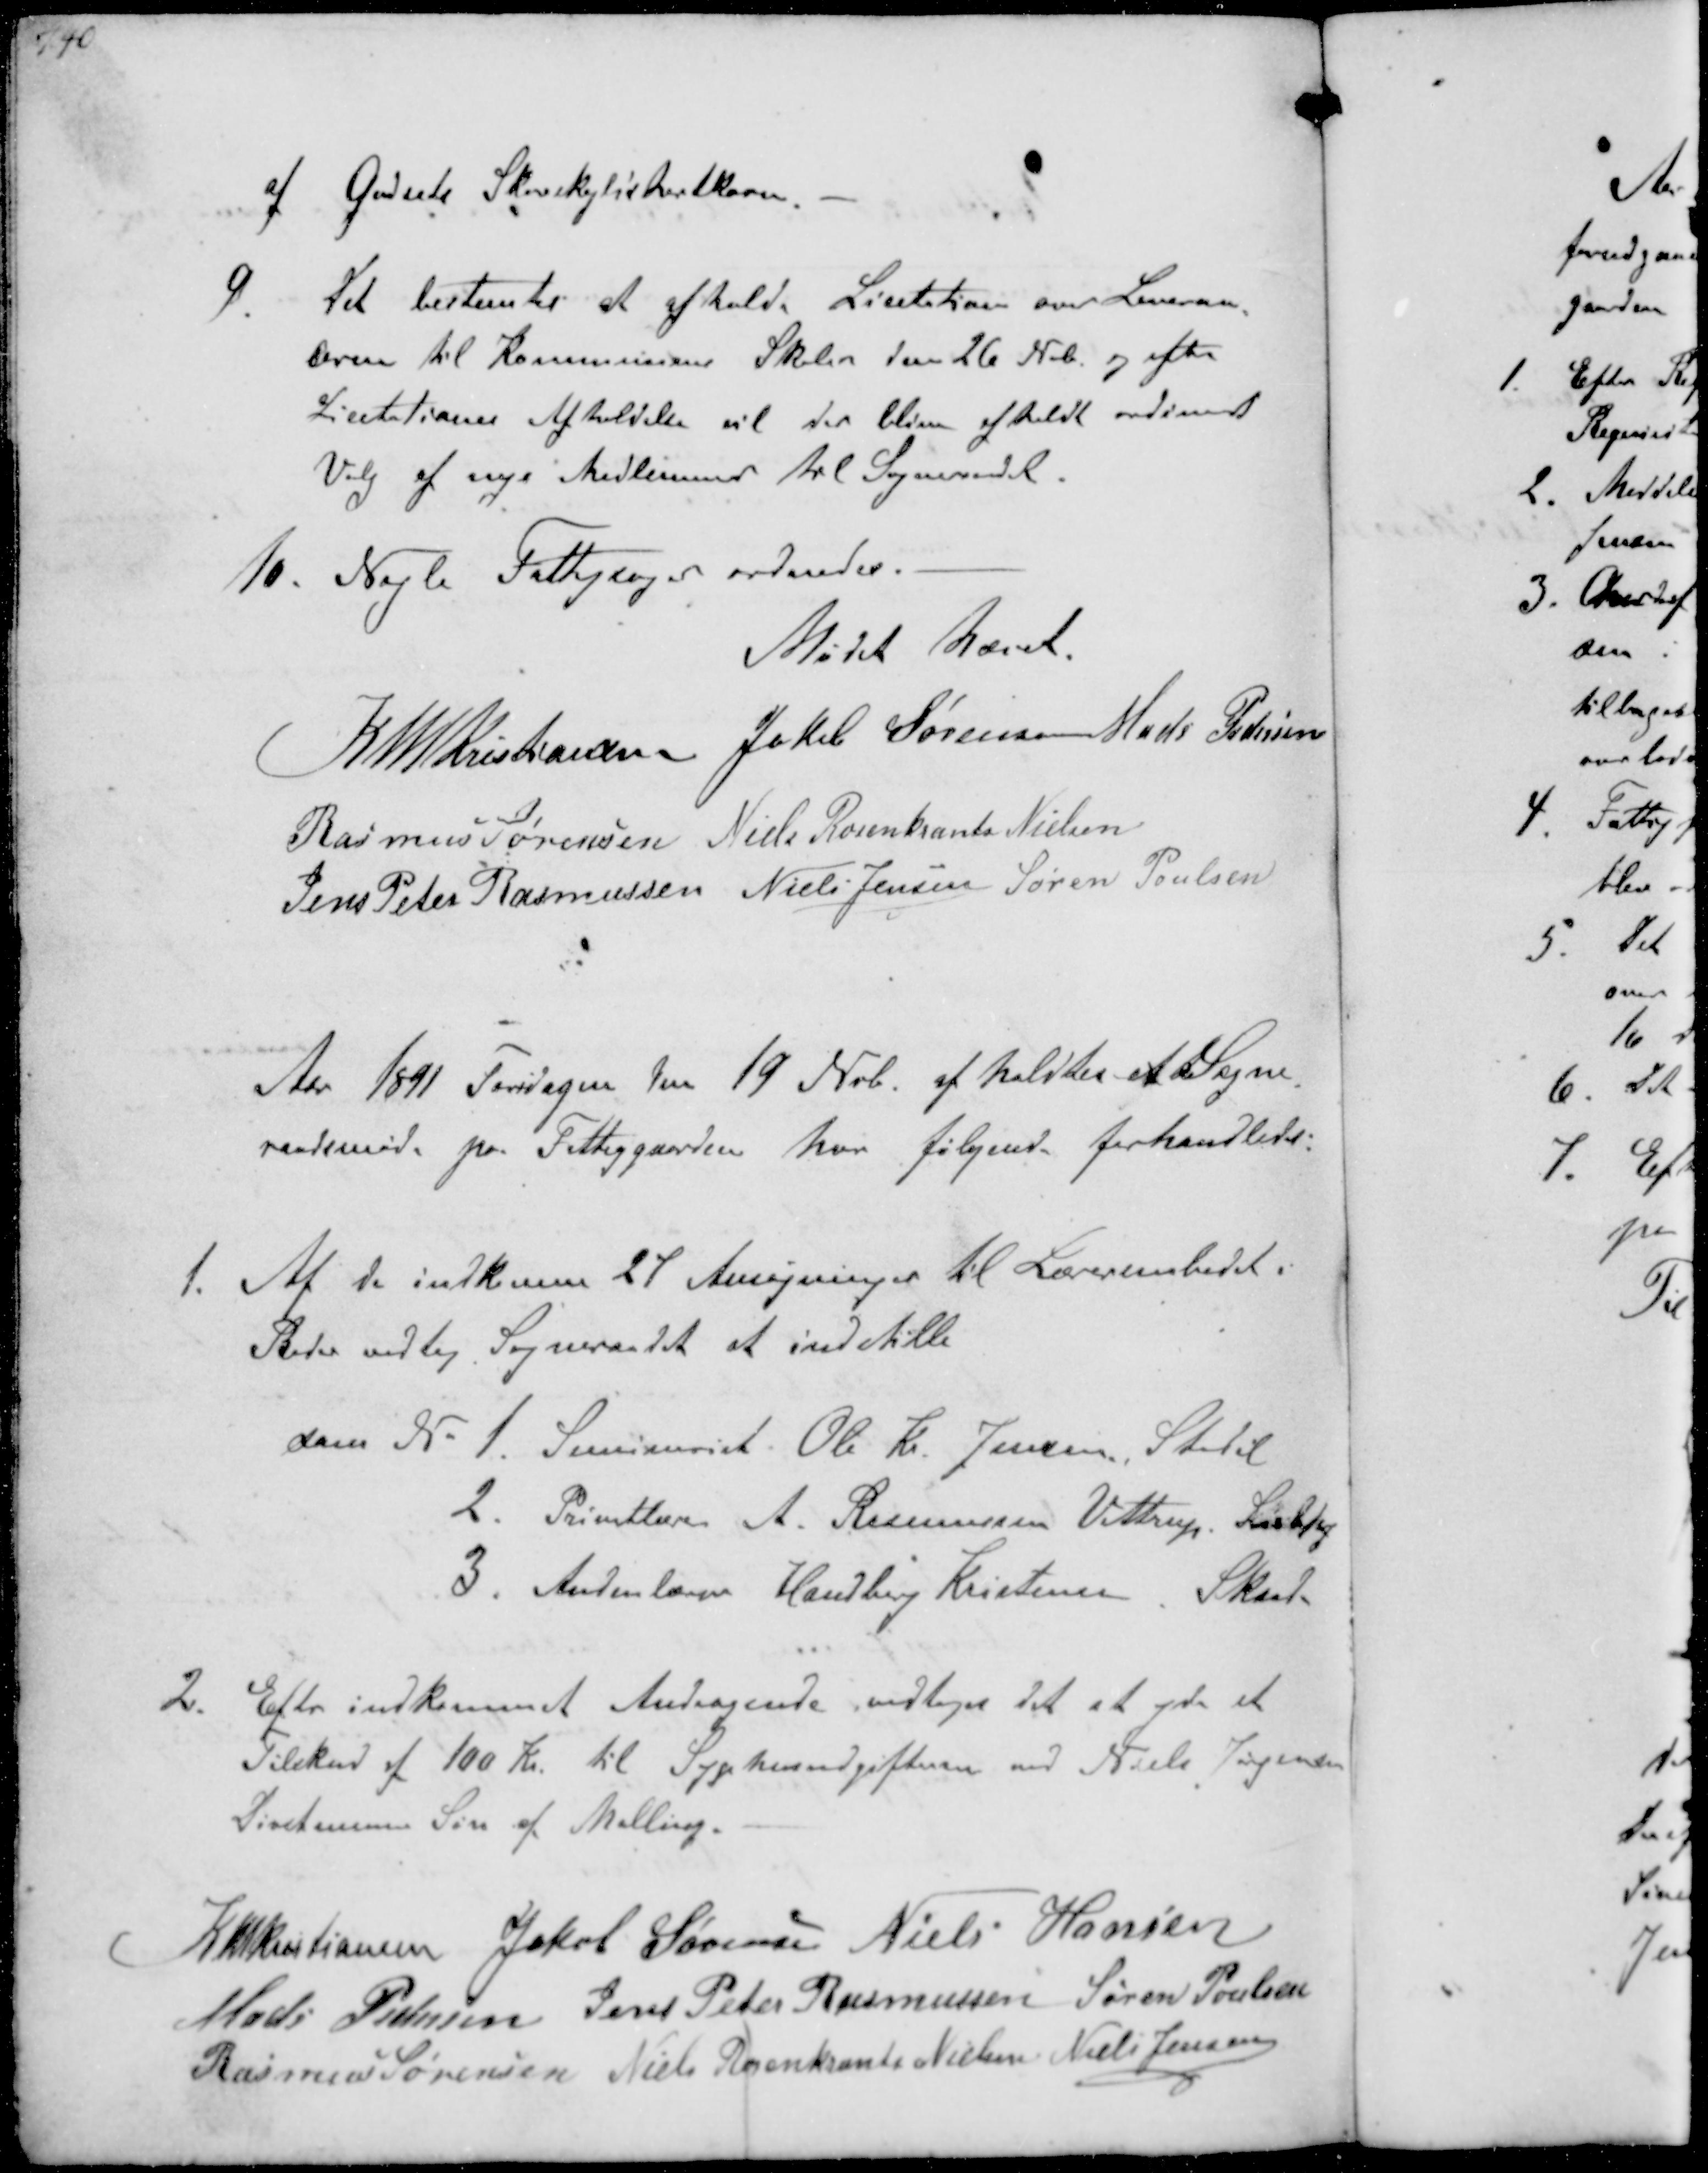
Transskription:
af Godsete Skovskyldshartkorn

9. Det bestemtes at afholde Lictation over Leveran-
cerne til Kommunens Skolen den 26 Nvb og efter
LicitationsAfholdelse vil der blive afholdt ordinært
Valg af nye Medlemmer til Sogneraadet
10. Nogle Fattigsager ordnedes.
Mødet hævet
K N M Kristiannsen Jakob Sørensen Mads Pedersen
Rasmus Sørensen Niels Rosenkrands Nielsen
Jens Peter Rasmussen Niels Jensen Søren Poulsen

Aar 1891 Torsdagen Den 17 Nvb afholdtes et Sogne-
raadsmøde paa Fattiggaarden hvr følgende forhandledes

1. Af de indkomne 21 Ansøgninger til Lærerembedet i
Beder vedtog Sogneraadet at indstille

som N 1. Seminarist. Ole Kr. Jensen Stadil
2. Privatlærer A. Rasmussen Vittrup, Lisbjerg
3. Andenlærer Handberg Kristensen, Skaade

2. Efter indkommet Andragende vedtoges til at yde et
Tilskud af 100 Kr. til Sygehusudgifterne ved Niels Jørgensen
Døvstumme Søn af Malling.

K N M Kristiansen Jakob Sørensen Niels Hansen
Mads Pedersen Jens Peter Rasmussen Søren Poulsen
Rasmus Sørensen Niels Rosenkrands Nielsen Niels Jensen